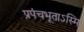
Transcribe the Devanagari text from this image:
प्रपंचभूताऽस्मि